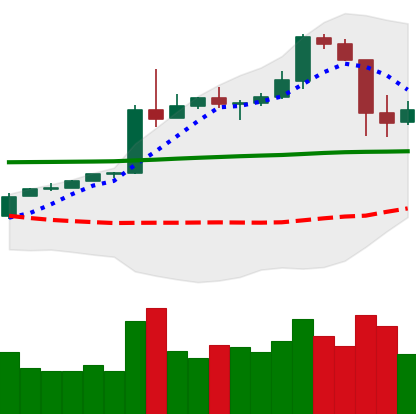
Ticker: BTC-USD
Chart end date: 2020-05-12
Forward return: 9.839%
Label: up_7plus